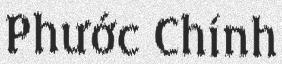
Phước Chính